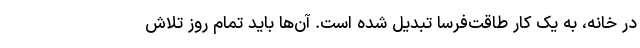
در خانه، به یک کار طاقت‌فرسا تبدیل شده است. آن‌ها باید تمام روز تلاش